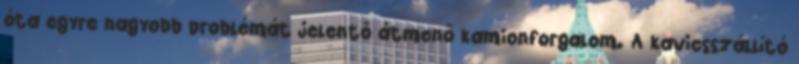
óta egyre nagyobb problémát jelentő átmenő kamionforgalom. A kavicsszállító